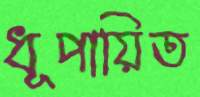
ধূপায়িত